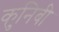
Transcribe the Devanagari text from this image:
कुनिबी